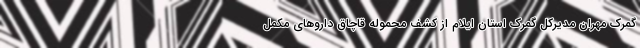
گمرک مهران مدیرکل گمرک استان ایلام از کشف محموله قاچاق دارو‌های مکمل